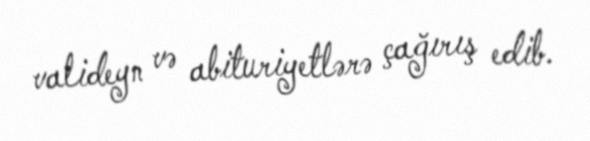
valideyn və abituriyetlərə çağırış edib.